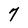
Character: 7